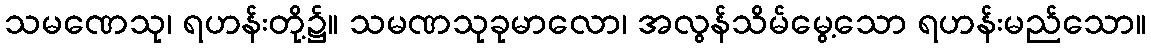
သမဏေသု၊ ရဟန်းတို့၌။ သမဏသုခုမာလော၊ အလွန်သိမ်မွေ့သော ရဟန်းမည်သော။